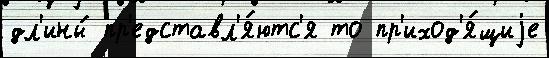
дл'ины́ пр'едставл'я́ютс'я то пр'иход'я́щиjе